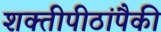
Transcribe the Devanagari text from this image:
शक्तीपीठांपैकी